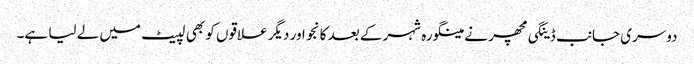
دوسری جانب ڈینگی مچھر نے مینگورہ شہر کے بعد کانجو اور دیگر علاقوں کو بھی لپیٹ میں لے لیا ہے۔